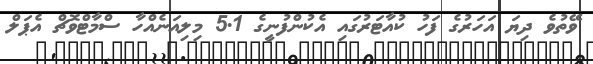
ވޭތުވެ ދިޔަ އަހަރުގެ ފަހު ކުއާޓަރުގައި އެކުންފުނީގެ 5.1 މިލިއަނެއްހާ ސްމާޓްވޮޗް އެޕަލް